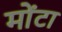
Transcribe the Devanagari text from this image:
मोंटा